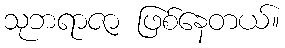
သုဘရာဇာ ဖြစ်နေတယ်။